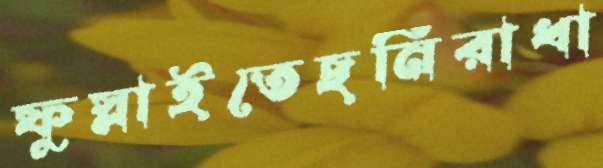
ফুস্‌লাইতেছনিরাধা